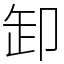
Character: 卸